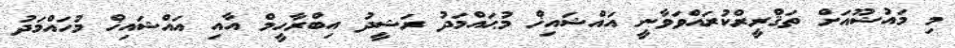
މި މައުޟޫއަށް ތަޤްރީރްކުރައްވަވާނީ އައްޝައިޚް މުޙައްމަދު ރަޝީދު އިބްރާހީމް އާއި އައްޝައިޚް މުހައްމަދު